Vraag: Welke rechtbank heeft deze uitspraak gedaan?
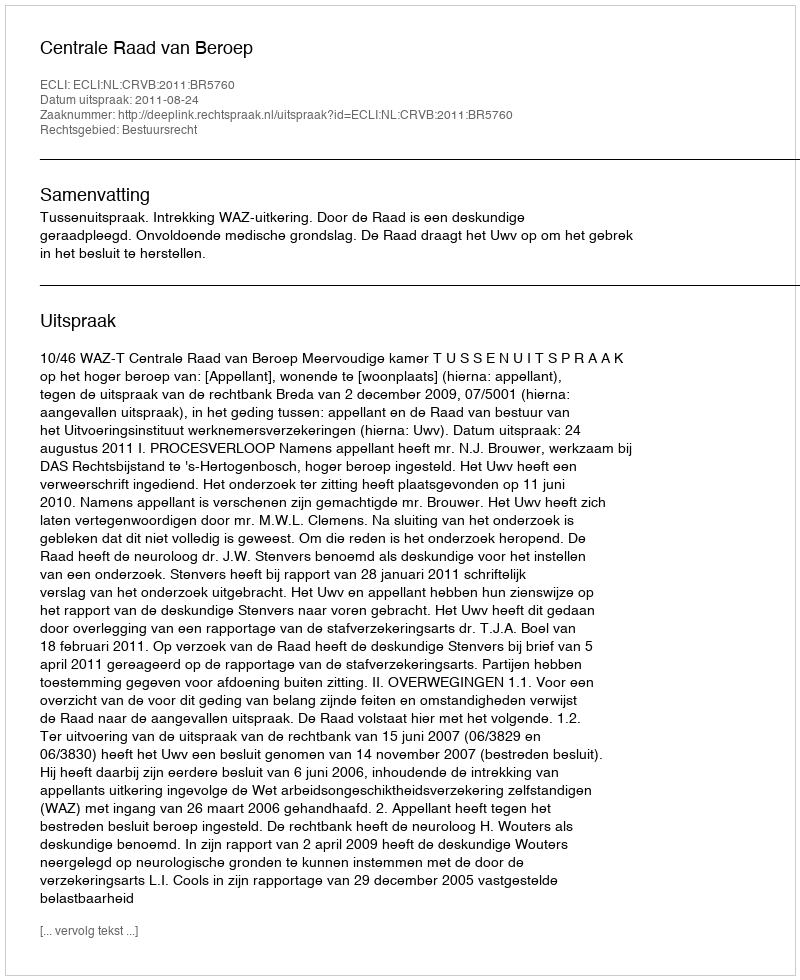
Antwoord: Centrale Raad van Beroep